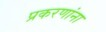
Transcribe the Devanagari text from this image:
प्रकरणांना